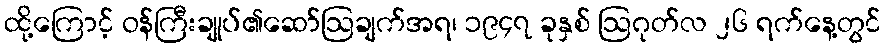
ထို့ကြောင့် ဝန်ကြီးချုပ်၏ဆော်ဩချက်အရ၊ ၁၉၄၇ ခုနှစ် ဩဂုတ်လ ၂၆ ရက်နေ့တွင်